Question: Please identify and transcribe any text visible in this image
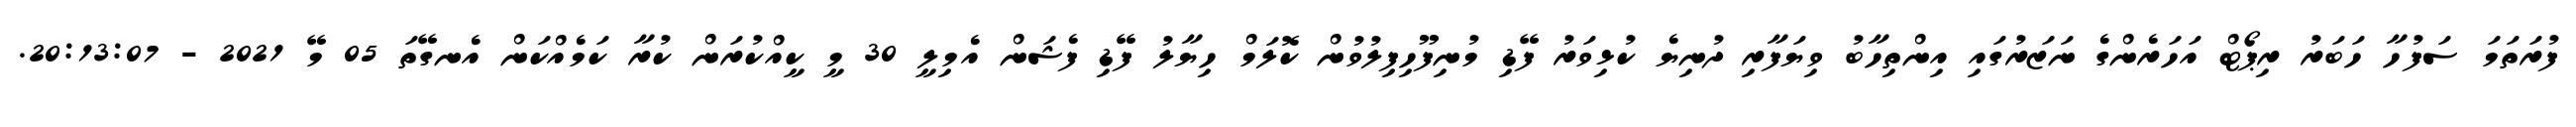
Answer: ފުރަތަމަ ސަފުހާ ހަބަރު ރިޕޯޓް އަހަރެންގެ ނަޒަރުގައި އިންތިހާބު ވިޔަފާރި ދުނިޔެ ކުޅިވަރު ފޭޑި މުނިފޫހިފިލުވުން ކޮލަމް ހިޔާލު ފޭޑި ފެޝަން އެމިލީ 30 މީ ކީއްކުރަން ކުރާ ކަމެއްކަން އެނގޭތަ 05 މޭ 2021 - 20:13:07.